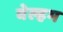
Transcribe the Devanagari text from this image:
वेल्हम